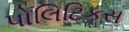
પોલિટિકસ